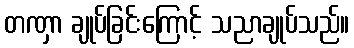
တဏှာ ချုပ်ခြင်းကြောင့် သညာချုပ်သည်။